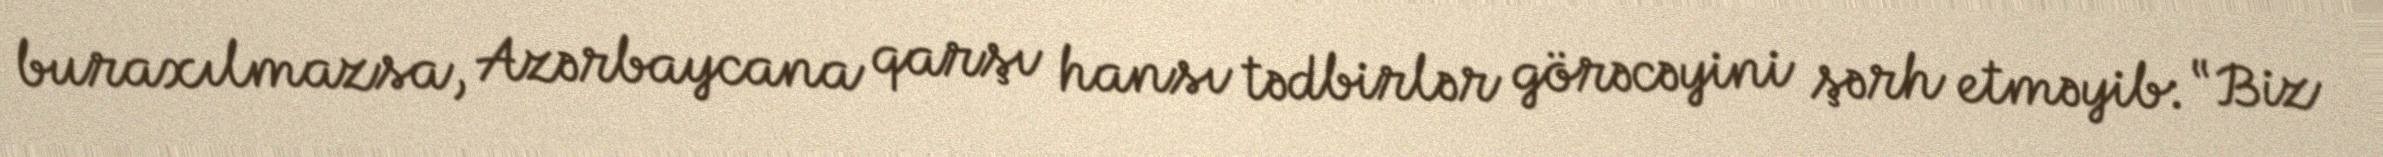
buraxılmazsa, Azərbaycana qarşı hansı tədbirlər görəcəyini şərh etməyib: “Biz